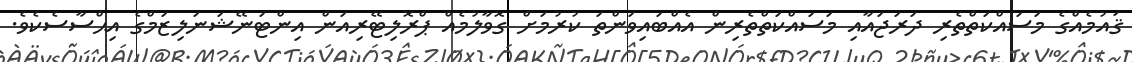
ޤައުމެއްގެ މަސައްކަތްތެރި ދަރަޖައާއި މަސައްކަތްތެރިން އެއްބައިވަންތަ ކުރުމަށް ގޮވާލުމެއް ޕްރޮލިޓޭރިއަން އިންޓަނޭޝަނަލިޒަމްގެ އިޙްސާސެކެވެ.